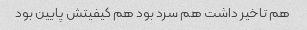
هم تاخیر داشت هم سرد بود هم کیفیتش پایین بود